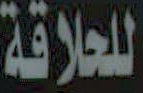
للحلاقة